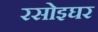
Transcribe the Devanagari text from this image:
रसोइघर